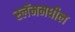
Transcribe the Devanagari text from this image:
स्लॅममधील